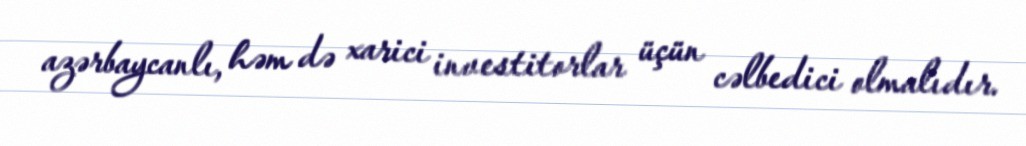
azərbaycanlı, həm də xarici investitorlar üçün cəlbedici olmalıdır.